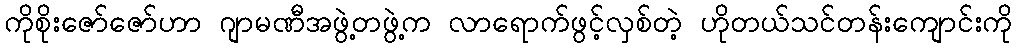
ကိုစိုးဇော်ဇော်ဟာ ဂျာမဏီအဖွဲ့တဖွဲ့က လာရောက်ဖွင့်လှစ်တဲ့ ဟိုတယ်သင်တန်းကျောင်းကို